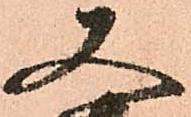
又